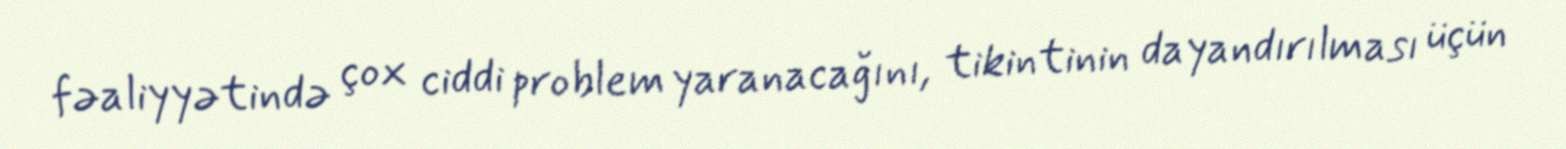
fəaliyyətində çox ciddi problem yaranacağını, tikintinin dayandırılması üçün